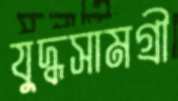
যুদ্ধসামগ্রী